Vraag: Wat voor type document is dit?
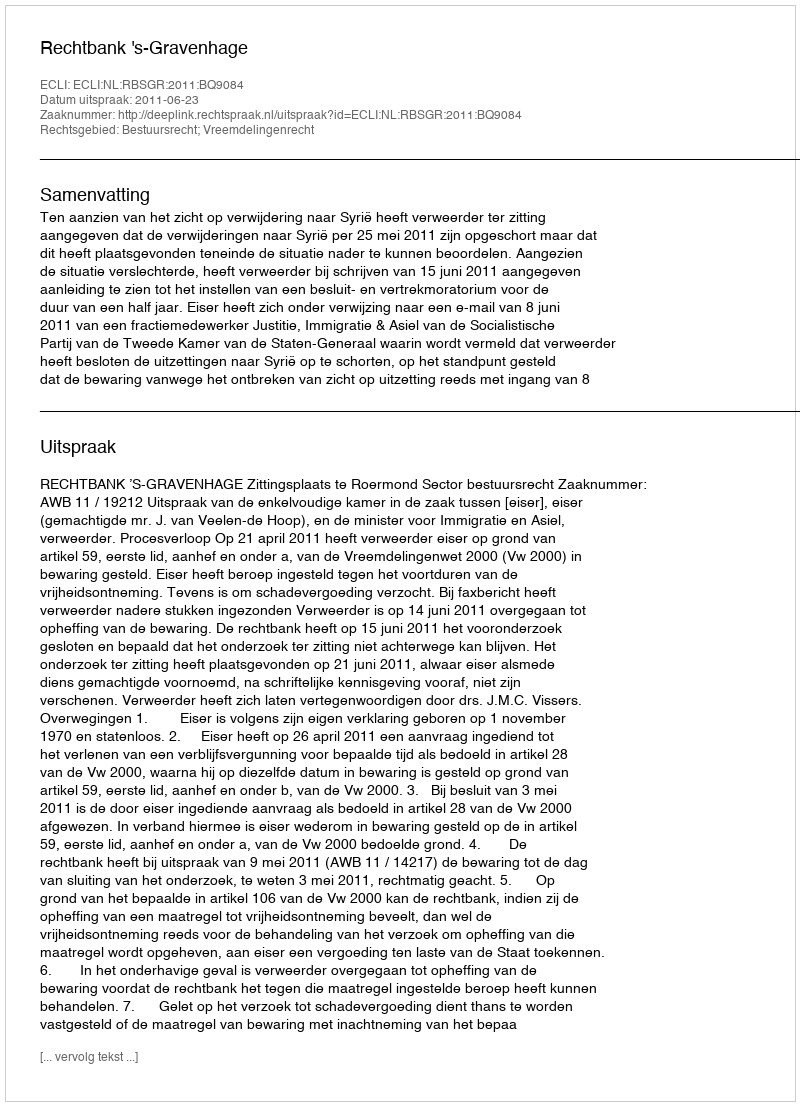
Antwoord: Uitspraak